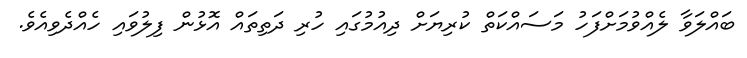
ބައްލަވާ ލެއްވުމަށްފަހު މަސައްކަތް ކުރިޔަށް ދިއުމުގައި ހުރި ދަތިތައް އޮޅުން ފިލުވައި ހެއްދެވިއެވެ.